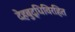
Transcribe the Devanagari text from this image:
देहबुद्धिविरहित